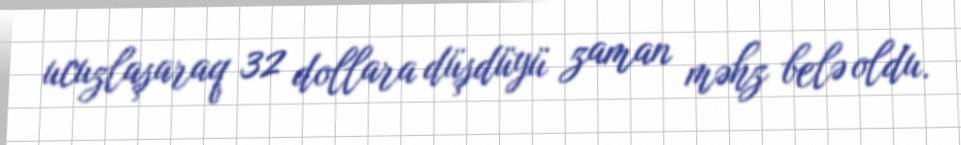
ucuzlaşaraq 32 dollara düşdüyü zaman məhz belə oldu.